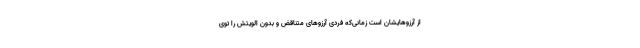
از آرزوهایشان است زمانی‌که فردی آرزوهای متناقض و بدون الویتش را توی